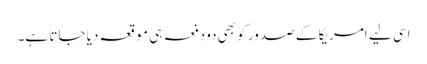
اسی لیے امریکا کے صدور کو بھی دو دفعہ ہی موقعہ دیا جاتا ہے۔